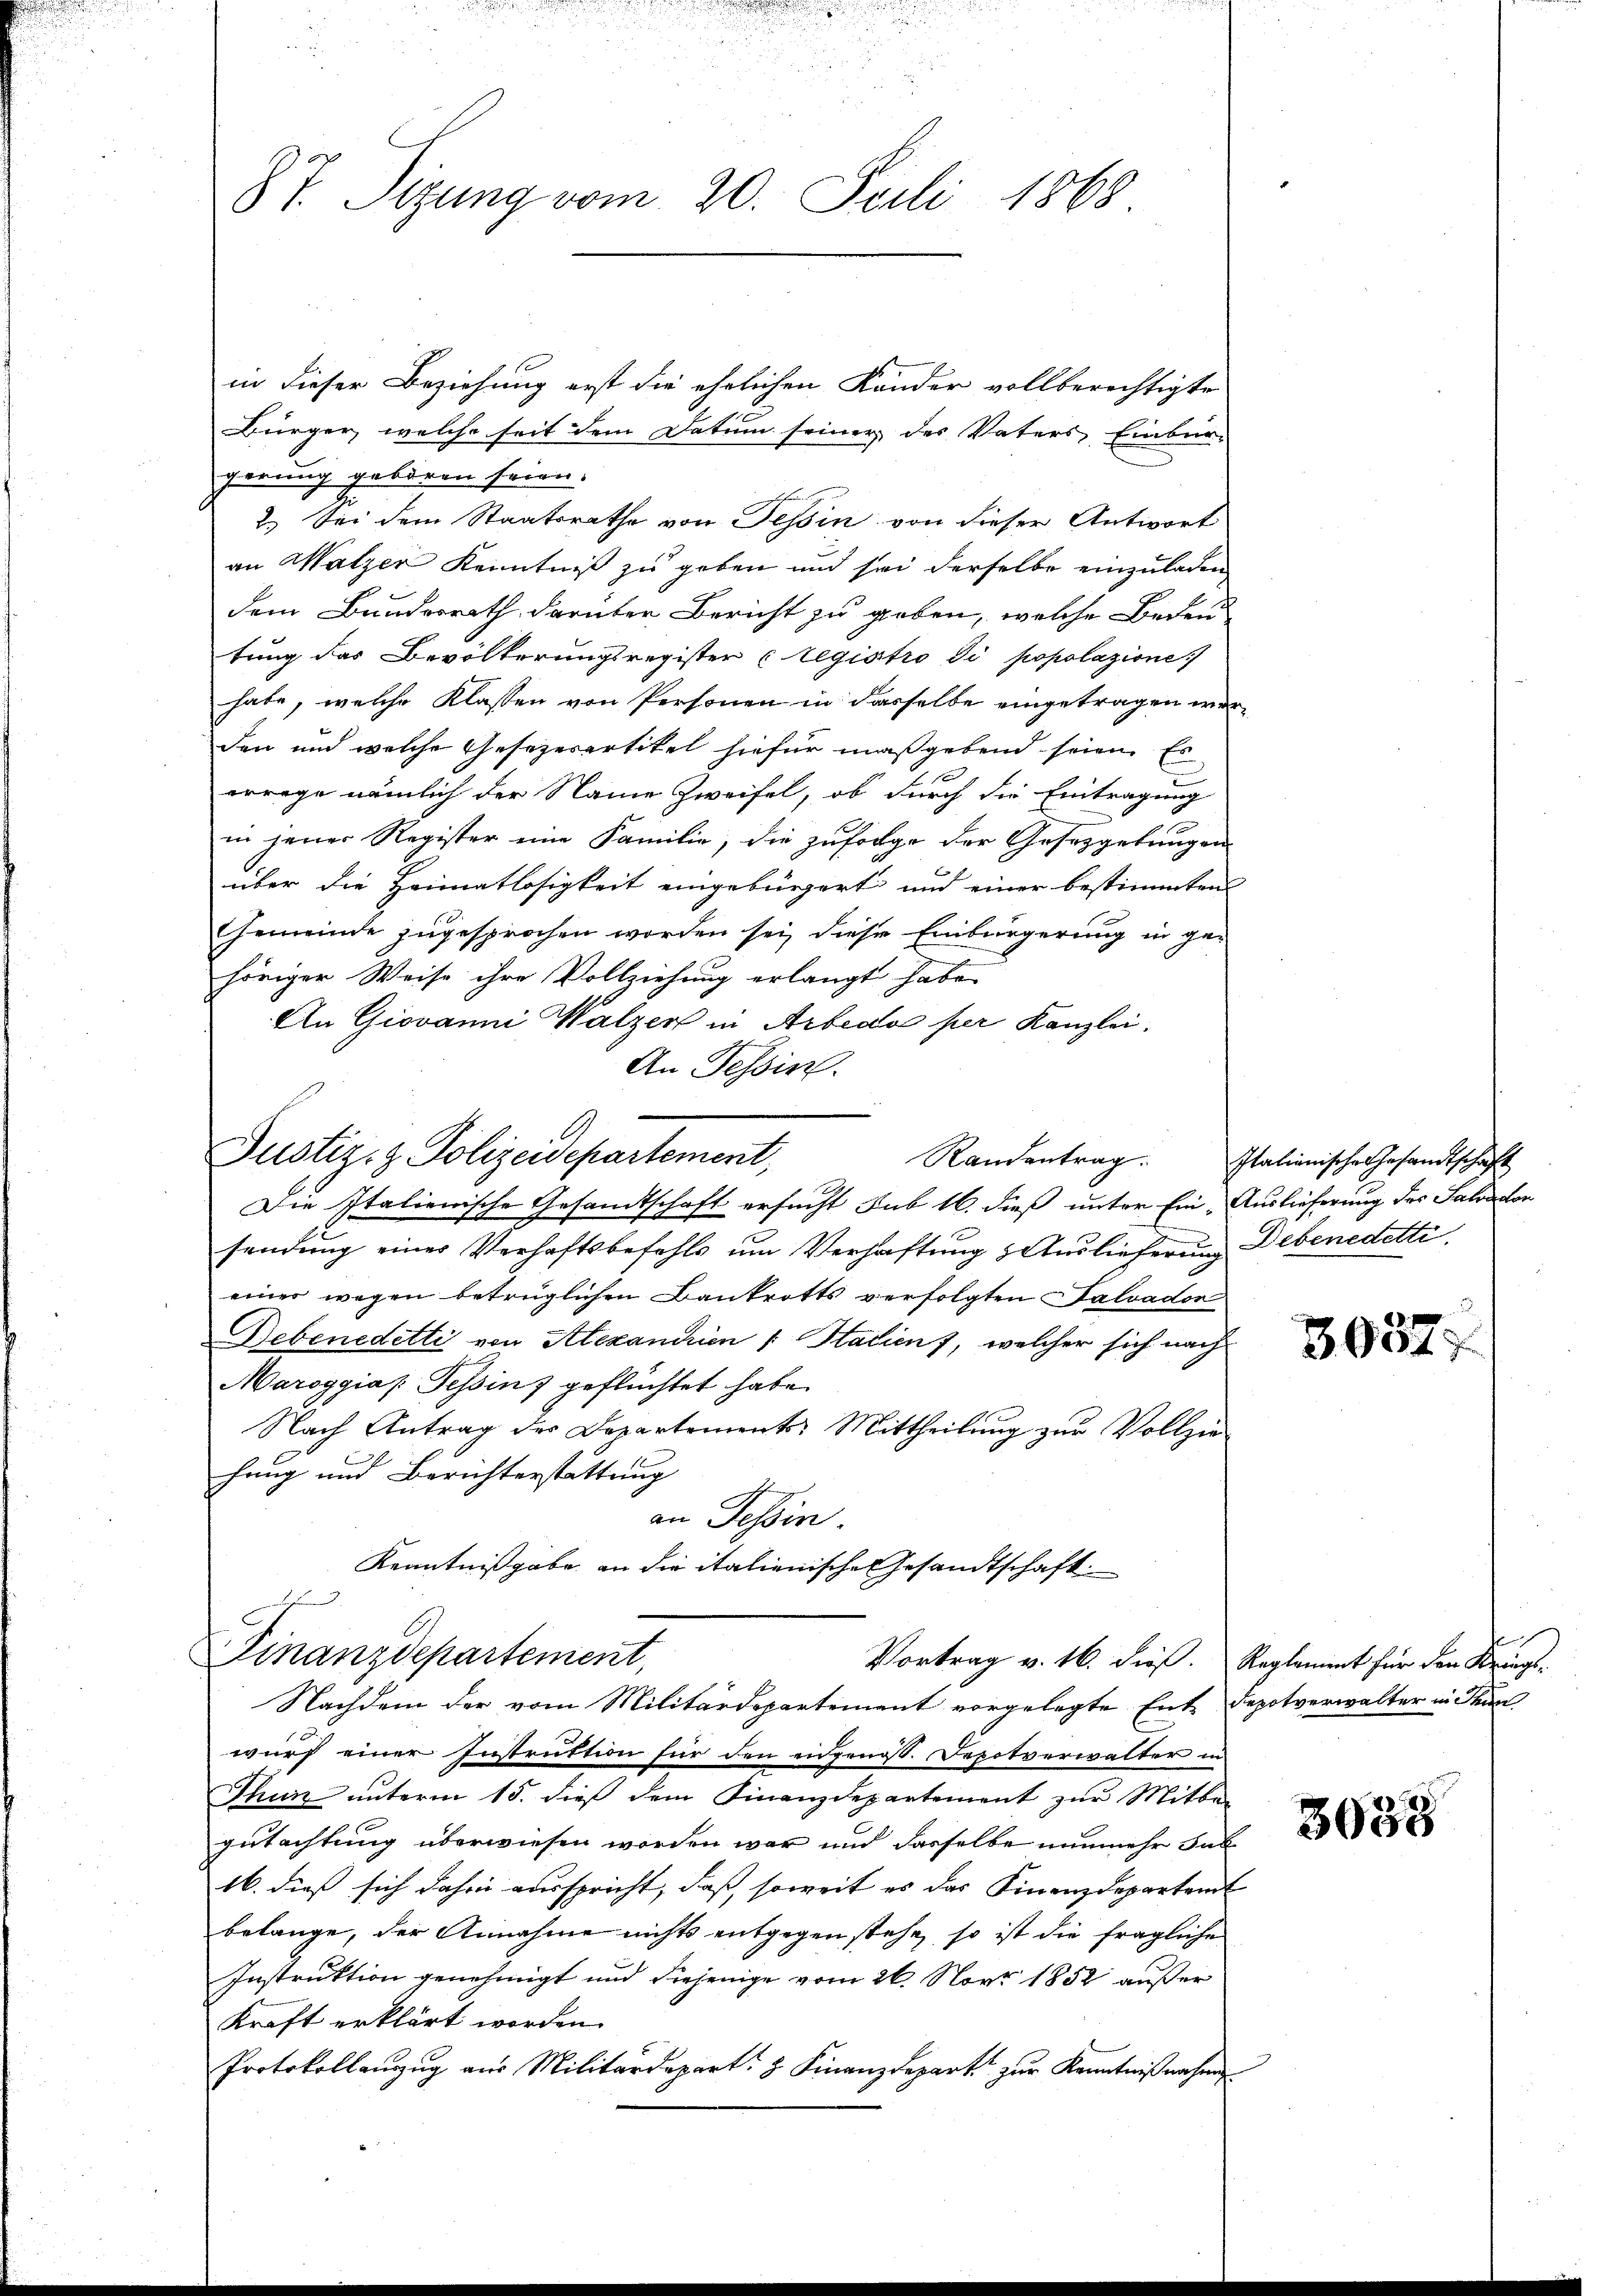
87. Sizung vom 20. Juli 1868

in dieser Beziehung erst die ehelichen Känder vollberichtigte
Bürger, welche seit dem Datum seiner des Vaters Einbür-
gerung geboren seien.
2.) Sei dem Staatsrathe von Tessin von dieser Antwort
an Walzer Kenntniß zu geben und sei derselbe einzuladen
dem Bundesrath darüber Bericht zu geben, welche Bedeutung das Bevölkerungsregister (Legistro di popolazione
habe, welche Klassen von Personen in dasselbe eingetragen werden und welche Gesezerartikel hiefür maßgebend seien. Es
errege nämlich der Name Zweifel, ob durch die Eintragung
in jener Register eine Familie, die zufolge der Gesetzgebungen
über die Heimatlosigkeit eingebürgert und einer bestimmten
Gemeinde zugesprochen worden sei, diese Einbürgerung in gehöriger Weise ihre Vollziehung erlangt habe.
An Giovanni Walzer in Arbeda per Kanzlei.
An Tessin.
Justiz- & Polizeidepartement,
Randentrag.
Die Italienische Gesandtschaft ersucht sub 16. dieß unter Ein- Auslieferung der Saloaton
sendung einer Verhaftsbefehls um Verhaftung zuzulieferung Debenedetti
einer wegen betrüglichen Bankrotts verfolgten Salvadon
Debenedetti von Alexandrien . Hatien), welcher sich nach
Maroggias Tessin geflüchtet habe.
Nach Antrag der Departements Mittheilŭng zur Vollzie-
fung und Berichterstattung
an Tessin.
Kenntnißgabe an die italienische Gesandtschaft.

Finanzdepartement,
Vortrag v. 16. dieß. Reglement für den Kriegs-
Nachdem der vom Militärdepartement vorgelegte Ent-Depotverwalter in Thun

wurf einer Instruktion für den eidgenoss. Depotverwalter in
Thun unterm 15. dieß dem Finanzdepartement zur Mitte
gutachtung überwiesen worden war und dasselbe nunmehr sal
16. dieß sich dahin ausspricht, daß, soweit es das Finanzdepartem
belange, der Annahme nichts entgegen stehe, so ist die fragliche
Instruktion genehmigt und diejenige vom 26. Nov. 1852 außer
Kraft erklärt worden.
Protokollanzug aus Militärdepart: 8. Finanzdepart zur Kenntnißnahme

Italienische Gesandtschaft

a
30577

3035